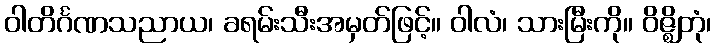
ဝါတိင်္ဂဏသညာယ၊ ခရမ်းသီးအမှတ်ဖြင့်။ ဝါလံ၊ သားမြီးကို။ ဝိဇ္ဈိတုံ၊